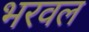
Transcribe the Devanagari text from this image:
भरवल